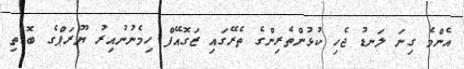
އެންމެ ގިނަ ލަނޑު ޖެހި ކުޅުންތެރިންގެ ތެރޭގައި ޒަގޮއޭފް ހިމެނުނުއިރު ޔޫރަޕްގެ ބޮޑެތި